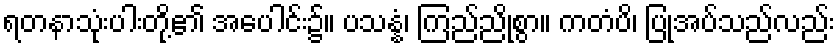
ရတနာသုံးပါးတို့၏ အပေါင်း၌။ ပသန္နံ၊ ကြည်ညိုစွာ။ ကတံပိ၊ ပြုအပ်သည်လည်း